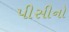
પીસીનો